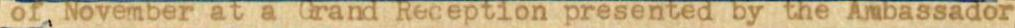
of November at a Grand Reception presented by the Anbassador